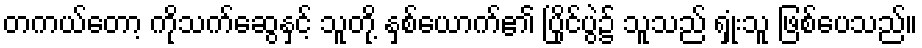
တကယ်တော့ ကိုသက်ဆွေနှင့် သူတို့ နှစ်ယောက်၏ ပြိုင်ပွဲ၌ သူသည် ရှုံးသူ ဖြစ်ပေသည်။